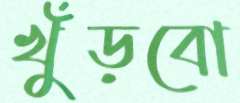
খুঁড়বো